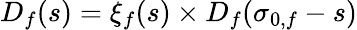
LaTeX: D_{f}(s)=\xi_{f}(s)\times D_{f}(\sigma_{0,f}-s)